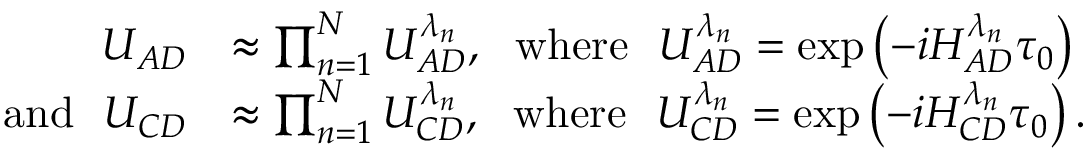
\begin{array} { r l } { U _ { A D } } & { \approx \prod _ { n = 1 } ^ { N } U _ { A D } ^ { \lambda _ { n } } , ~ ~ \mathrm { w h e r e } ~ ~ U _ { A D } ^ { \lambda _ { n } } = \exp \left( - i H _ { A D } ^ { \lambda _ { n } } \tau _ { 0 } \right) } \\ { \mathrm { a n d } ~ ~ U _ { C D } } & { \approx \prod _ { n = 1 } ^ { N } U _ { C D } ^ { \lambda _ { n } } , ~ ~ \mathrm { w h e r e } ~ ~ U _ { C D } ^ { \lambda _ { n } } = \exp \left( - i H _ { C D } ^ { \lambda _ { n } } \tau _ { 0 } \right) . } \end{array}